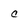
Character: C